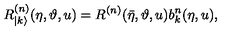
R _ { | k \rangle } ^ { ( n ) } ( \eta , \vartheta , u ) = R ^ { ( n ) } ( \bar { \eta } , \vartheta , u ) b _ { k } ^ { n } ( \eta , u ) ,